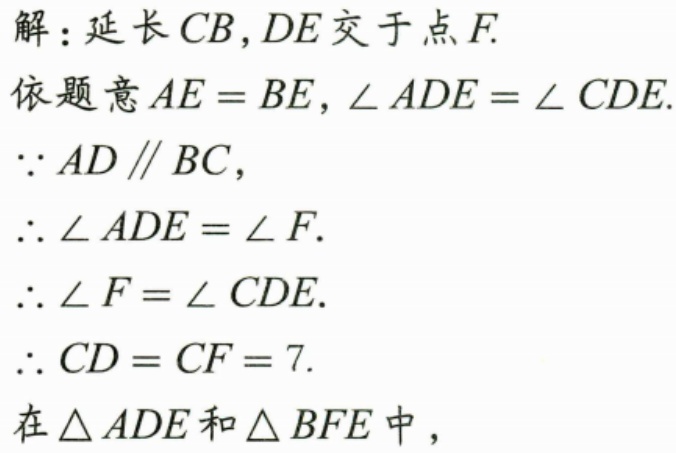
解：延长$CB,DE$交于点$F$.
依题意$AE = BE,\angle ADE=\angle CDE$.
$\because AD\parallel BC$,
$\therefore\angle ADE = \angle F$.
$\therefore\angle F=\angle CDE$.
$\therefore\angle F=\angle CDE$.
$\therefore CD = CF = 7$.
在$\triangle ADE$和$\triangle BFE$中，